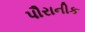
પૌરાનીક